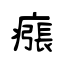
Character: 瘬